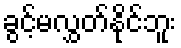
ခွင့်မလွှတ်နိုင်ဘူး